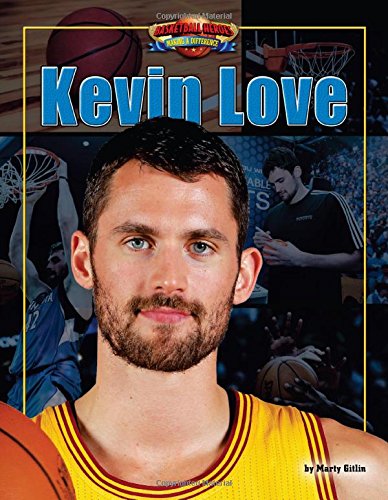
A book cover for Kevin Love (Basketball Heroes Making a Difference); Marty Gitlin; Children's Books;